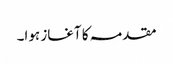
مقدمہ کا آغاز ہوا۔